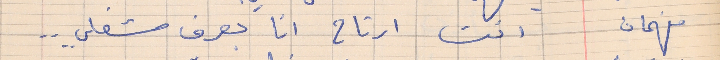
فهمان    انت ارتاح انا بعرف شغلي . . .